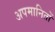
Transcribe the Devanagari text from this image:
अपमानितों